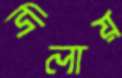
দিলায়